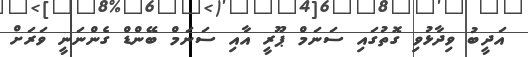
އަދީބު ވިދާޅުވި ގޮތުގައި ސަނަމް ޕޫރީ އާއި ސަނަމް ބޭންޑް ގެންނަނީ ވަރަށް